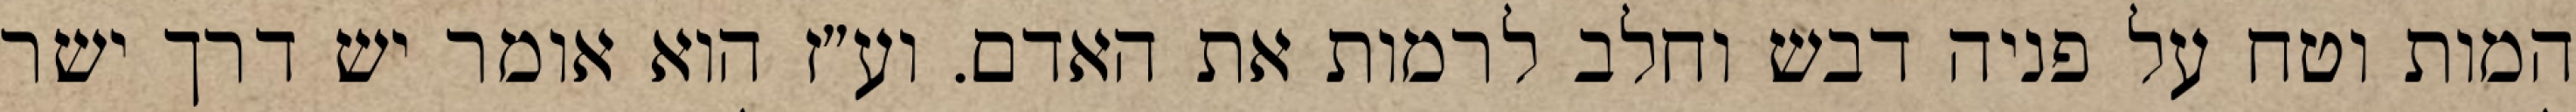
המות וטח על פניה דבש וחלב לרמות את האדם. וע״ז הוא אומר יש דרך ישר